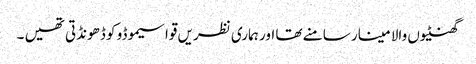
گھنٹیوں والا مینار سامنے تھا اور ہماری نظریں قواسیموڈو کو ڈھونڈتی تھیں ۔